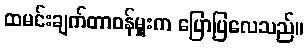
ထမင်းချက်တာဝန်မှူးက ပြောပြလေသည်။